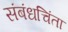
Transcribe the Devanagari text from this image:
संबंधचिंता